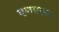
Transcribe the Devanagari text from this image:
एनएएम